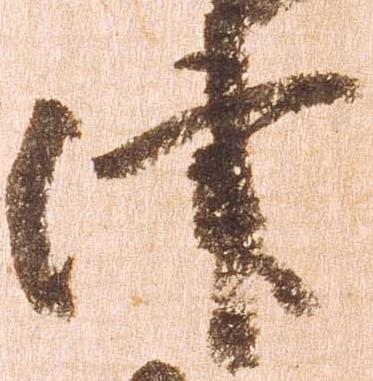
津